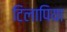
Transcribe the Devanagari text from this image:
टिलापिया